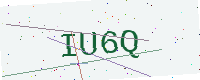
Text: IU6Q